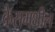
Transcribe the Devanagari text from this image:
केसमधील